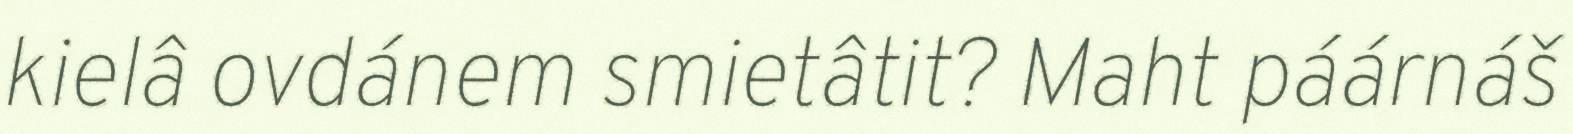
kielâ ovdánem smietâtit? Maht páárnáš